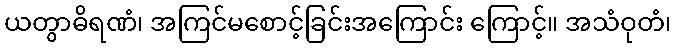
ယတွာဓိရဏံ၊ အကြင်မစောင့်ခြင်းအကြောင်း ကြောင့်။ အသံဝုတံ၊